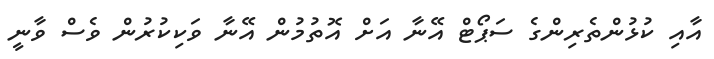
އާއި ކުޅުންތެރިންގެ ސަޕޯޓް އޭނާ އަށް އޮތުމުން އޭނާ ވަކިކުރުން ވެސް ވާނީ